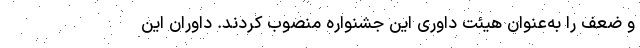
و ضعف را به‌عنوان هیئت داوری این جشنواره منصوب کردند. داوران این